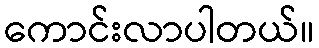
ကောင်းလာပါတယ်။